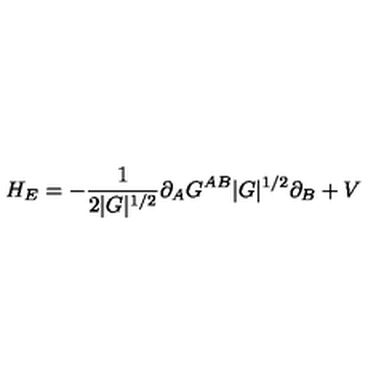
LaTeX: H _ { E } = - \frac { 1 } { 2 | G | ^ { 1 / 2 } } \partial _ { A } G ^ { A B } | G | ^ { 1 / 2 } \partial _ { B } + V